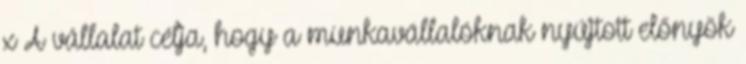
x A vállalat célja, hogy a munkavállalóknak nyújtott előnyök